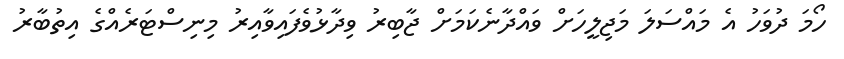
ހޯމަ ދުވަހު އެ މައްސަލަ މަޖިލީހަށް ވައްދާނެކަމަށް ޖާބިރު ވިދާޅުވެފައިވާއިރު މިނިސްޓަރެއްގެ އިތުބާރު